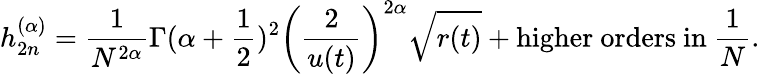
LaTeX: {h}_{2n}^{(\alpha)}=\frac{1}{N^{2\alpha}}{\Gamma(\alpha+\frac 12)^{2}}\left(\frac{2}{u(t)}\right)^{2\alpha}\sqrt{r(t)}+\mathrm{higher~orders~in~}\frac 1N.